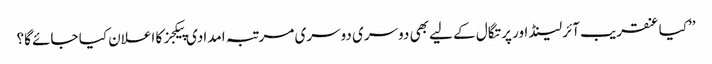
’’کیا عنقریب آئرلینڈ اور پرتگال کے لیے بھی دوسری دوسری مرتبہ امدادی پیکجز کا اعلان کیا جائے گا؟